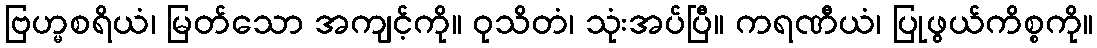
ဗြဟ္မစရိယံ၊ မြတ်သော အကျင့်ကို။ ဝုသိတံ၊ သုံးအပ်ပြီ။ ကရဏီယံ၊ ပြုဖွယ်ကိစ္စကို။